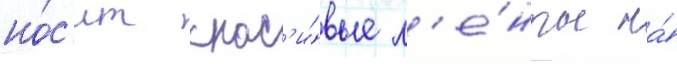
но́с'ит крас'и́вые л'е́нты на́